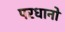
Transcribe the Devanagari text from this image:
परधानों